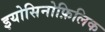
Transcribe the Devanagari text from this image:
इयोसिनोफ़िलिक